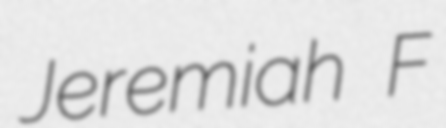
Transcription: Jeremiah F